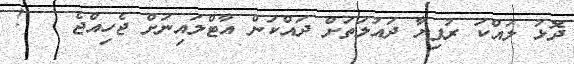
ދޮޅު ލައްކަ ރުފިޔާ ދައުލަތަށް ދައްކަން އާޓްލައިނަށް ޖެހިއްޖެ   !